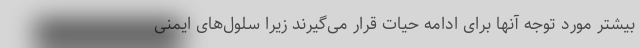
بیشتر مورد توجه آنها برای ادامه حیات قرار می‌گیرند زیرا سلول‌های ایمنی